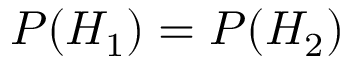
P ( H _ { 1 } ) = P ( H _ { 2 } )